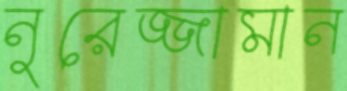
নুরেজ্জামান